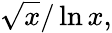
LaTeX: {\sqrt{x}}/\ln x,